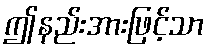
ဤနည်းအားဖြင့်သာ